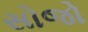
સોજો